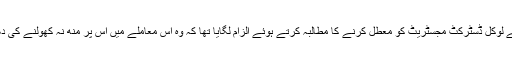
اس موقع پر طالبہ نے لوکل ڈسٹرکٹ مجسٹریٹ کو معطل کرنے کا مطالبہ کرتے ہوئے الزام لگایا تھا کہ وہ اس معاملے میں اس پر منھ نہ کھولنے کی دھمکی دے رہے ہیں۔